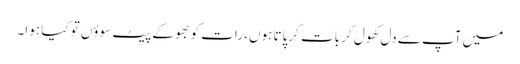
میں آپ سے دل کھول کر بات کرپاتا ہوں، رات کو بھوکے پیٹ سوؤں تو کیا ہوا۔